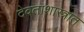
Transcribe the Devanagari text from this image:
देवताशास्त्रात